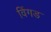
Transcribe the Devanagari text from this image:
विंगड